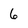
Character: 6